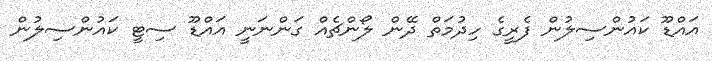
އައްޑޫ ކައުންސިލުން ފެރީގެ ހިދުމަތް ދޭން ލޯންޗެއް ގަންނަނީ އައްޑޫ ސިޓީ ކައުންސިލުން